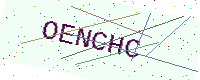
Text: OENCHC